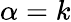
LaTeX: \alpha=k